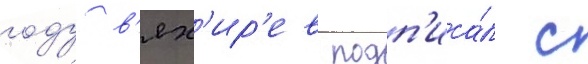
году в'ях'ир'ев подп'иса́л с